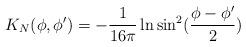
LaTeX: \begin{align*}K_N(\phi ,\phi ')=-{1\over 16\pi}\ln \sin^2({\phi-\phi '\over 2})\end{align*}